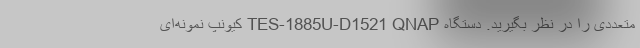
متعددی را در نظر بگیرید. دستگاه TES-1885U-D1521 QNAP کیونپ نمونه‌ای